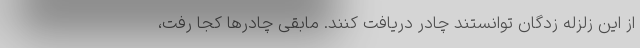
از این زلزله زدگان توانستند چادر دریافت کنند. مابقی چادرها کجا رفت،